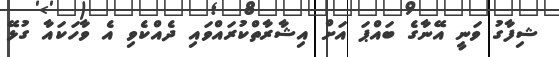
ޝިފާގު ވަނީ އޭނާގެ ބައްޕަ އަށް އިޝާރާތްކުރައްވައި ދެއްކެވި އެ ވާހަކައާ ގުޅޭ